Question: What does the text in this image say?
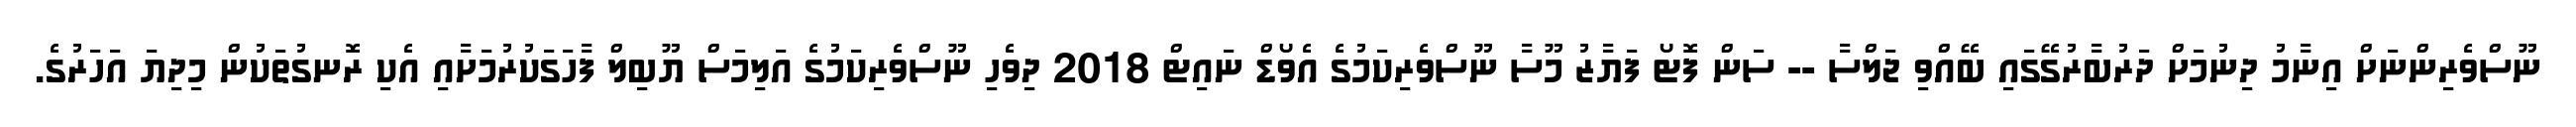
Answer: ނޫސްވެރިންނަށް އިނާމު ދިނުމަށް ދަރުބާރުގޭގައި ބޭއްވި ޖަލްސާ -- ސަން ފޮޓޯ ފަޔާޒު މޫސާ ނޫސްވެރިކަމުގެ އެވޯޑް ނައިޓް 2018 ދިވެހި ނޫސްވެރިކަމުގެ އަލިމަސް ޔޫބިލް ފާހަގަކުރުމަށާއި އެކި ރޮނގުތަކުން މިދިޔަ އަހަރުގެ.